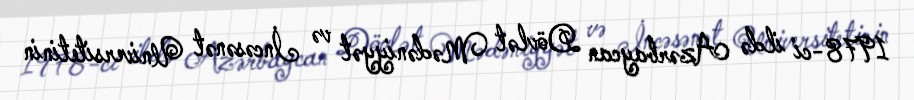
1978-ci ildə Azərbaycan Dövlət Mədəniyyət və İncəsənət Universitetinin